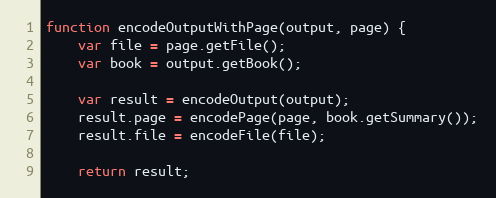
Language: JavaScript
function encodeOutputWithPage(output, page) {
    var file = page.getFile();
    var book = output.getBook();

    var result = encodeOutput(output);
    result.page = encodePage(page, book.getSummary());
    result.file = encodeFile(file);

    return result;